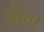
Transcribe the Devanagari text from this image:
ड़ीग